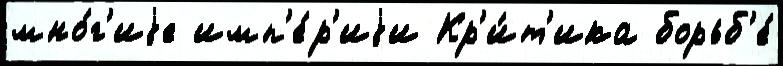
мно́г'иjе имп'е́р'иjи Кр'и́т'ика борьб'е́